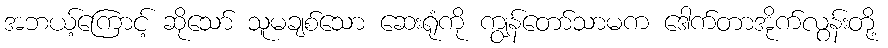
အဘယ့်ကြောင့် ဆိုသော် သူမချစ်သော ဆေးရုံကို ကျွန်တော်သာမက ဒေါက်တာအိုက်လွန်းတို့